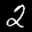
Label: 2